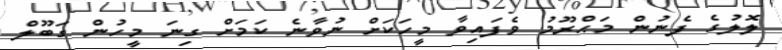
ލޮލުގެ ފެނުން މަޙްރޫމު ވެފައިވާ މީހަކަށް ނުވާނެ ކަމަށް ގިނަ މީހުން ގަބޫލް